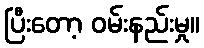
ပြီးတော့ ဝမ်းနည်းမှု။